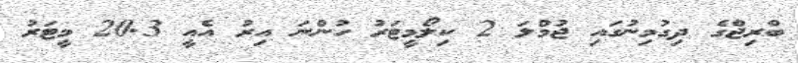
ބްރިޖްގެ ދިގުމިނުގައި ޖުމްލަ 2 ކިލޯމީޓަރު ހުންނަ އިރު އެއީ 20.3 މީޓަރު